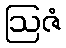
ဩဇံ